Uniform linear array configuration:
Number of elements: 12
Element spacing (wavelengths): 0.75
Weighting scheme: kaiser
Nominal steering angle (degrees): -60
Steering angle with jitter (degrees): -61.743
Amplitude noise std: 0.05
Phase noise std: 0.05

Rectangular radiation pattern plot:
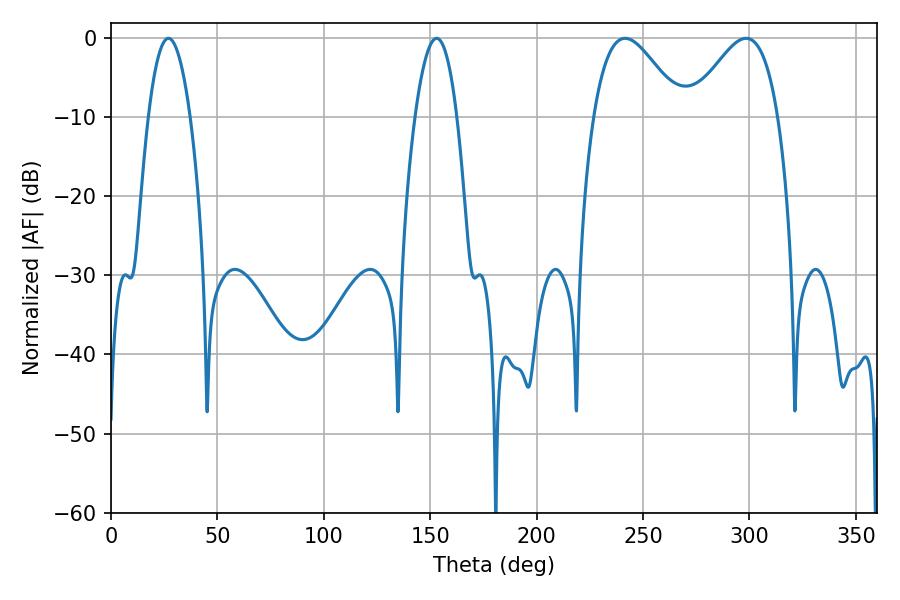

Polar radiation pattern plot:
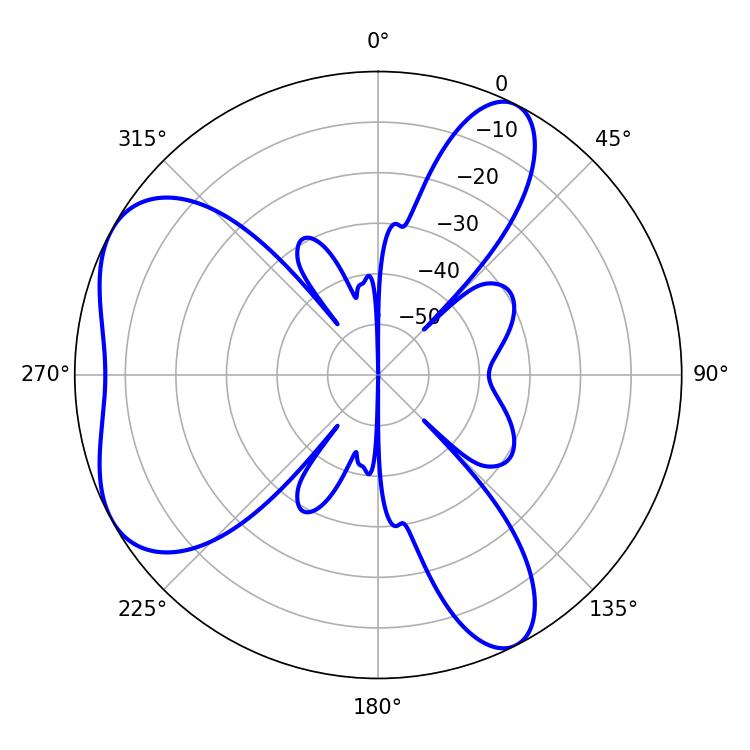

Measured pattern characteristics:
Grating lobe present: TRUE
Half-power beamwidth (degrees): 10.98
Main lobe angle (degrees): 27